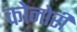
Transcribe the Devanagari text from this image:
कोनोरी